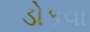
ડોકવા